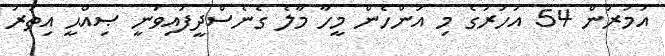
އުމުރުން 54 އަހަރުގެ މި އަންހެން މީހާ މާލެ ގެނެސްދީފައިވަނީ ޞިއްޙީ އިތުރު